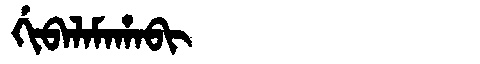
Manchu: ᡤᡳᠪᠠᠯᠠᠮᠠᡥᠠᠪᡳ
Romanization: GIBALAMAHABI